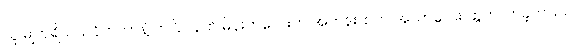
သူ မျက်ရိပ် ပြလိုက်တာနဲ့ တပြိုင်နက် မိန်းကလေးက အတန်းထဲက အသာလေး ထွက်လာခဲ့တယ်။